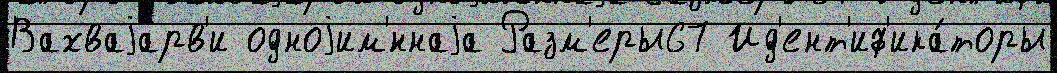
Вахваjарв'и одноjим'́ннаjа Разм'еры67 Ид'ент'иф'ика́торы